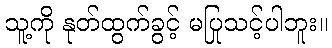
သူ့ကို နုတ်ထွက်ခွင့် မပြုသင့်ပါဘူး။